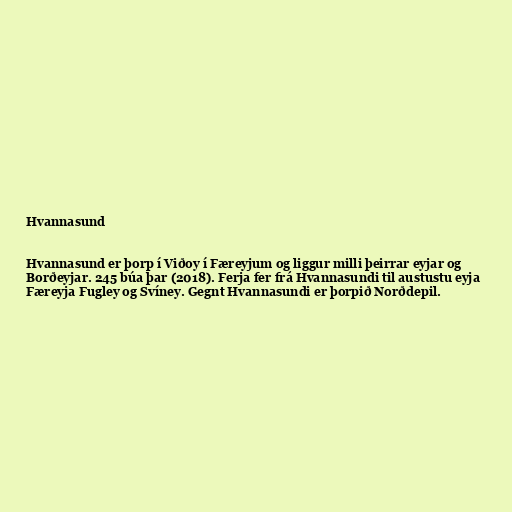
Hvannasund

Hvannasund er þorp í Viðoy í Færeyjum og liggur milli þeirrar eyjar og
Borðeyjar. 245 búa þar (2018). Ferja fer frá Hvannasundi til austustu eyja
Færeyja Fugley og Svíney. Gegnt Hvannasundi er þorpið Norðdepil.